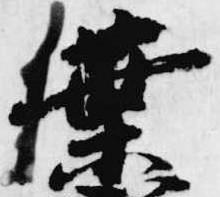
葉